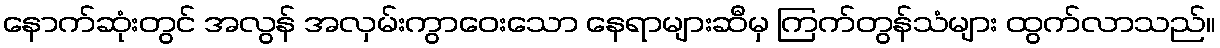
နောက်ဆုံးတွင် အလွန် အလှမ်းကွာဝေးသော နေရာများဆီမှ ကြက်တွန်သံများ ထွက်လာသည်။